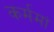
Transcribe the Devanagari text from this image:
कर्ममां